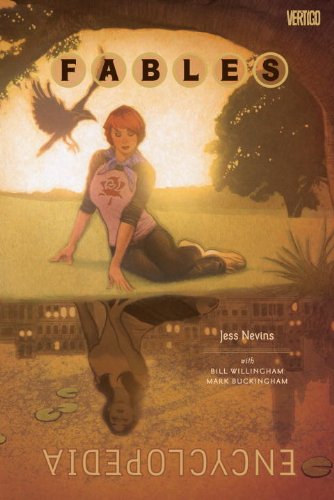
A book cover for Fables Encyclopedia; Jess Nevins; Comics & Graphic Novels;